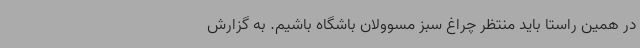
در همین راستا باید منتظر چراغ سبز مسوولان باشگاه باشیم. به گزارش